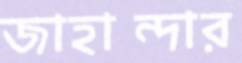
জাহান্দার